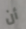
أن